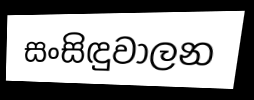
සංසිඳුවාලන